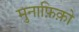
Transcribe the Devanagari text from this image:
मुनाफ़िक़ो